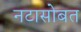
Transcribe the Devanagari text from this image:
नटासोबत